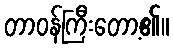
တာဝန်ကြီးတော့၏။